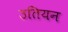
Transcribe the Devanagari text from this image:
उतियन